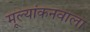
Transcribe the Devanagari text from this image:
मूल्यांकनवाला